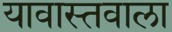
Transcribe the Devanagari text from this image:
यावास्तवाला